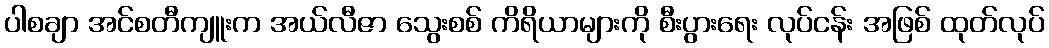
ပါစချာ အင်စတီကျူးက အယ်လီဇာ သွေးစစ် ကိရိယာများကို စီးပွားရေး လုပ်ငန်း အဖြစ် ထုတ်လုပ်